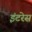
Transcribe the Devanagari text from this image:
इंटरेस